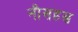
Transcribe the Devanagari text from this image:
नौसहस्र